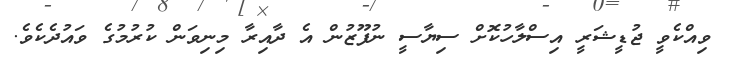
ވިއްކެވީ ޖުޑީޝަރީ އިސްލާހުކޮށް ސިޔާސީ ނުފޫޒުން އެ ދާއިރާ މިނިވަން ކުރުމުގެ ވައުދެކެވެ.